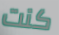
كنت